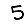
Digit: 5